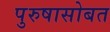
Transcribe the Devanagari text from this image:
पुरुषासोबत